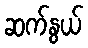
ဆက်နွယ်